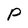
Character: P